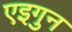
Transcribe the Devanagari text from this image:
एइगुन